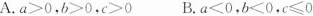
A.$$a > 0$$，$$b > 0$$，$$c > 0$$B.$$a < 0$$，$$b < 0$$，$$c ≤ 0$$